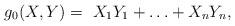
\begin{align*}g_0( X,Y ) = \ X_1 Y_1+\ldots+X_n Y_n,\end{align*}